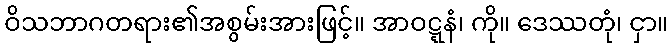
ဝိသဘာဂတရား၏အစွမ်းအားဖြင့်။ အာဝဋ္ဋနံ၊ ကို။ ဒေဿတုံ၊ ငှာ။